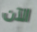
الآن